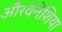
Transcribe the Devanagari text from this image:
औरवेनेशिया